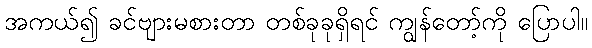
အကယ်၍ ခင်ဗျားမစားတာ တစ်ခုခုရှိရင် ကျွန်တော့်ကို ပြောပါ။